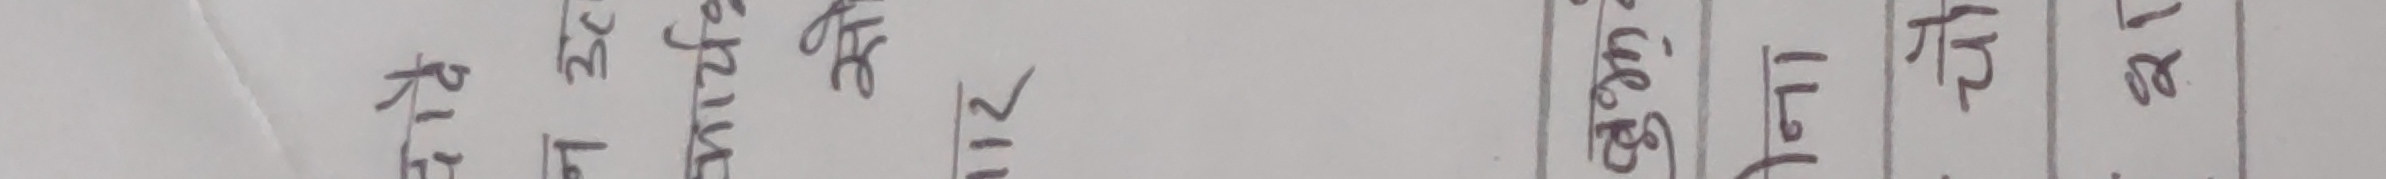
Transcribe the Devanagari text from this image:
रित ३० घाव छुरी २११ ज्ञान लाभ तीर २१